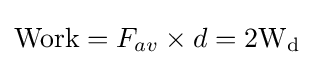
{\text{Work}}=F_{av}\times d={\text{2W}}_{\text{d}}\,\!